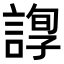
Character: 𧪂